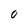
Character: O